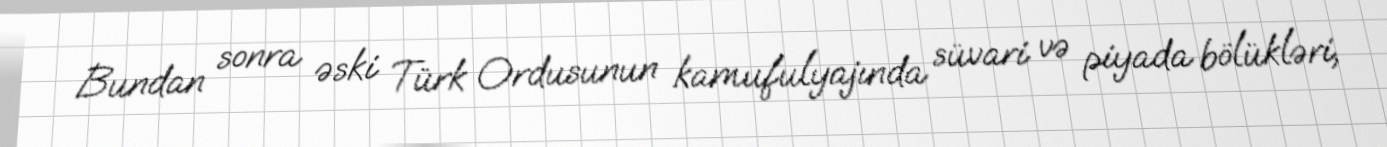
Bundan sonra əski Türk Ordusunun kamufulyajında süvari və piyada bölükləri,